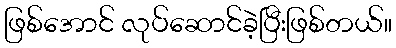
ဖြစ်အောင် လုပ်ဆောင်ခဲ့ပြီးဖြစ်တယ်။